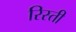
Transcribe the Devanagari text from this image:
रिस्ती